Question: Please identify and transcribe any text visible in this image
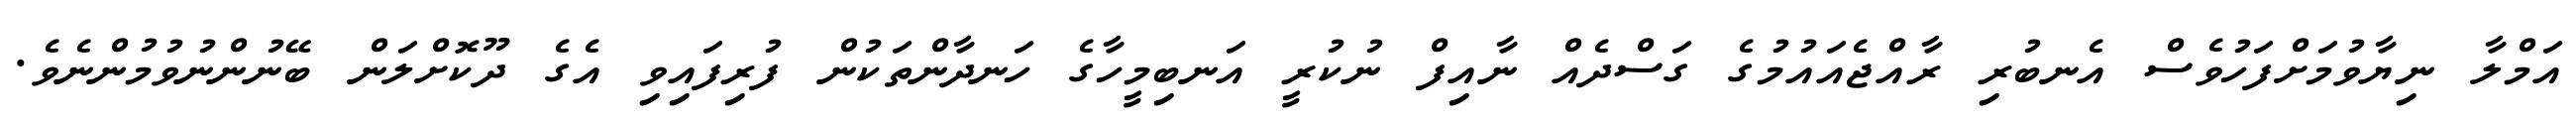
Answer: އަމްލާ ނިޔާވުމަށްފަހުވެސް އެނބުރި ރާއްޖެއައުމުގެ ގަސްދެއް ނާއިފް ނުކުރީ އަނބިމީހާގެ ހަނދާންތަކުން ފުރިފައިވި އެގެ ދޫކޮށްލަން ބޭނުންނުވުމުންނެވެ.